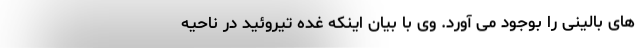
های بالینی را بوجود می آورد. وی با بیان اینکه غده تیروئید در ناحیه